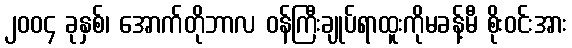
၂၀၀၄ ခုနှစ်၊ အောက်တိုဘာလ ဝန်ကြီးချုပ်ရာထူးကိုမခန့်မီ စိုးဝင်းအား